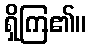
ရှိကြ၏။